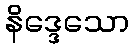
နိဒ္ဒေသော